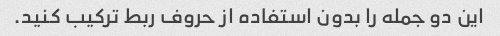
این دو جمله را بدون استفاده از حروف ربط ترکیب کنید.